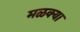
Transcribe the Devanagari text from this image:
मळक्या